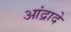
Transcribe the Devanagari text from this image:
आंद्रादे